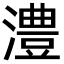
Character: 澧